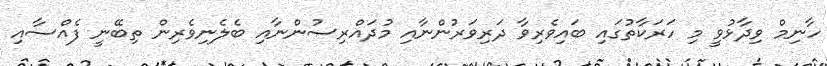
ހާނިމް ވިދާޅުވީ މި ހަރަކާތުގައި ބައިވެރިވާ ދަރިވަރުންނާއި މުދައްރިސުންނާއި ބެލެނިވެރިން ތިބޭނީ ފެއްސާއި